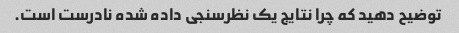
توضیح دهید که چرا نتایج یک نظرسنجی داده شده نادرست است.